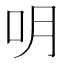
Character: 𠯲